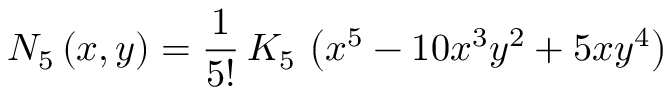
N _ { 5 } \left( x , y \right) = \frac { 1 } { 5 ! } \, K _ { 5 } \, \left( x ^ { 5 } - 1 0 x ^ { 3 } y ^ { 2 } + 5 x y ^ { 4 } \right)